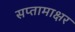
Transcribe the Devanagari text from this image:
सप्तामाक्षर